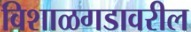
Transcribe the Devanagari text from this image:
विशाळगडावरील